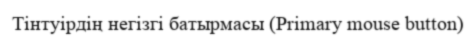
Тінтуірдің негізгі батырмасы (Primary mouse button)